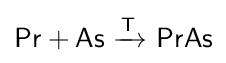
{\mathsf {Pr+As\ {\xrightarrow {T}}\ PrAs}}